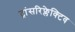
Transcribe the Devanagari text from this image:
ट्रांसरिफ्लेक्टिव